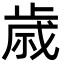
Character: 歳